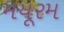
મયૂરમ